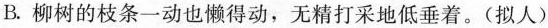
B.柳树的枝条一动也懒得动，无精打采地低垂着。(拟人)